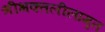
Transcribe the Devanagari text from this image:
श्रीभक्तलीलामृत